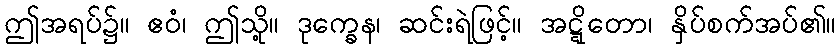
ဤအရပ်၌။ ဧဝံ၊ ဤသို့။ ဒုက္ခေန၊ ဆင်းရဲဖြင့်။ အဋ္ဋိတော၊ နှိပ်စက်အပ်၏။